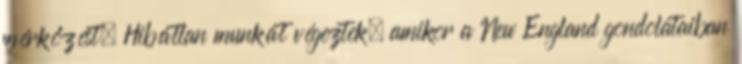
mérkőzést. Hibátlan munkát végeztek, amikor a New England gondolataiban